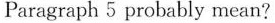
Paragraph 5 probably mean?